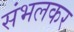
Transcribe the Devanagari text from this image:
संभलकर